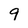
Character: q